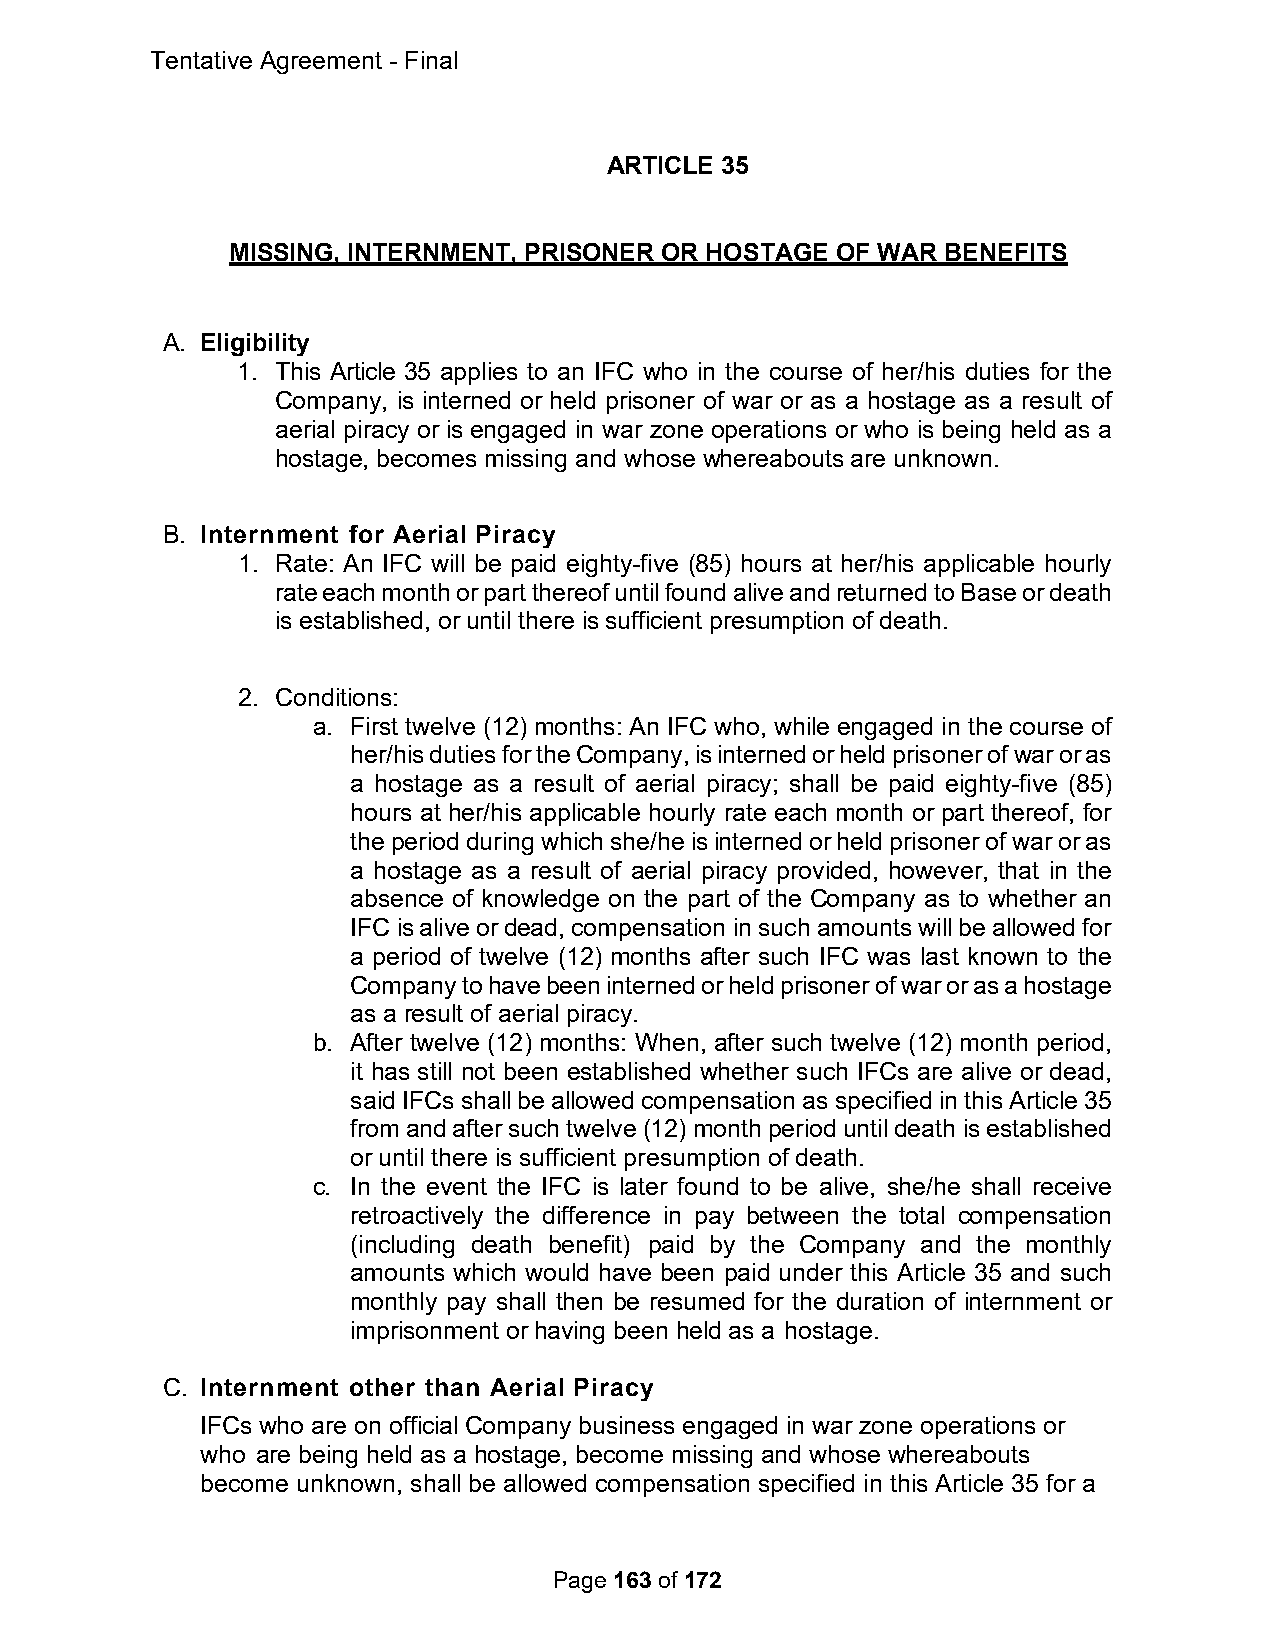
Tentative Agreement - Final
 ARTICLE 35
 MISSING, INTERNMENT, PRISONER OR HOSTAGE OF WAR BENEFITS
 A. Eligibility
 1. This Article 35 applies to an IFC who in the course of her/his duties for the
 Company, is interned or held prisoner of war or as a hostage as a result of
 aerial piracy or is engaged in war zone operations or who is being held as a
 hostage, becomes missing and whose whereabouts are unknown.
 B. Internment for Aerial Piracy
 1. Rate: An IFC will be paid eighty-five (85) hours at her/his applicable hourly
 rate each month or part thereof until found alive and returned to Base or death
 is established, or until there is sufficient presumption of death.
 2. Conditions:
 a. First twelve (12) months: An IFC who, while engaged in the course of
 her/his duties for the Company, is interned or held prisoner of war or as
 a hostage as a result of aerial piracy; shall be paid eighty-five (85)
 hours at her/his applicable hourly rate each month or part thereof, for
 the period during which she/he is interned or held prisoner of war or as
 a hostage as a result of aerial piracy provided, however, that in the
 absence of knowledge on the part of the Company as to whether an
 IFC is alive or dead, compensation in such amounts will be allowed for
 a period of twelve (12) months after such IFC was last known to the
 Company to have been interned or held prisoner of war or as a hostage
 as a result of aerial piracy.
 b. After twelve (12) months: When, after such twelve (12) month period,
 it has still not been established whether such IFCs are alive or dead,
 said IFCs shall be allowed compensation as specified in this Article 35
 from and after such twelve (12) month period until death is established
 or until there is sufficient presumption of death.
 c. In the event the IFC is later found to be alive, she/he shall receive
 retroactively the difference in pay between the total compensation
 (including death benefit) paid by the Company and the monthly
 amounts which would have been paid under this Article 35 and such
 monthly pay shall then be resumed for the duration of internment or
 imprisonment or having been held as a hostage.
 C. Internment other than Aerial Piracy
 IFCs who are on official Company business engaged in war zone operations or
 who are being held as a hostage, become missing and whose whereabouts
 become unknown, shall be allowed compensation specified in this Article 35 for a
 Page 163 of 172